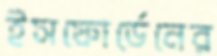
ইসফোর্ডেনের